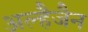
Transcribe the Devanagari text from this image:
अल्हैजैन